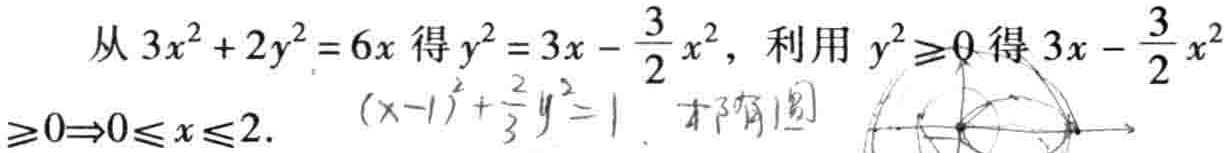
从 \(3x^{2}+2y^{2}=6x\) 得 \(y^{2}=3x - \frac{3}{2}x^{2}\)，利用 \(y^{2}\geq0\) 得 \(3x - \frac{3}{2}x^{2}\geq0\Rightarrow0\leq x\leq2\).  \((x - 1)^{2}+\frac{2}{3}y^{2}=1\)  才有图